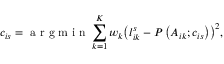
c _ { i s } = \mathrm { ~ a ~ r ~ g ~ m ~ i ~ n ~ } \sum _ { k = 1 } ^ { K } w _ { k } { \left( l _ { i k } ^ { s } - P \left( A _ { i k } ; c _ { i s } \right) \right) } ^ { 2 } ,